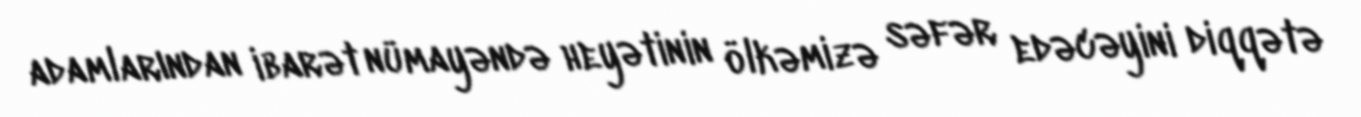
adamlarından ibarət nümayəndə heyətinin ölkəmizə səfər edəcəyini diqqətə